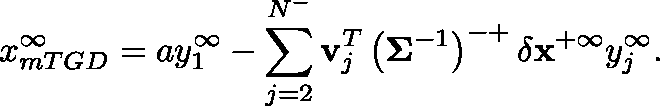
x _ { m T G D } ^ { \infty } = a y _ { 1 } ^ { \infty } - \sum _ { j = 2 } ^ { N ^ { - } } \mathbf { v } _ { j } ^ { T } \left( \mathbf { \Sigma } ^ { - 1 } \right) ^ { - + } \delta \mathbf { x } ^ { + \infty } y _ { j } ^ { \infty } .